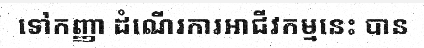
ទៅកញ្ញា ដំណើរការអាជីវកម្មនេះ បាន